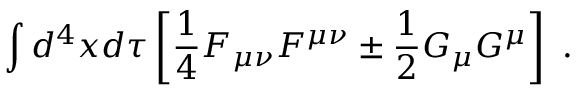
\int d ^ { 4 } x d \tau \left[ \frac 1 4 F _ { \mu \nu } F ^ { \mu \nu } \pm \frac 1 2 G _ { \mu } G ^ { \mu } \right] \ .